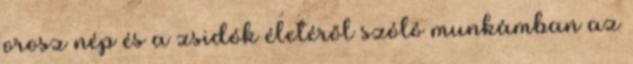
orosz nép és a zsidók életéről szóló munkámban az